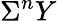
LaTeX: \Sigma^{n}Y